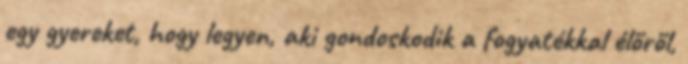
egy gyereket, hogy legyen, aki gondoskodik a fogyatékkal élőről,